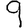
Digit: 9